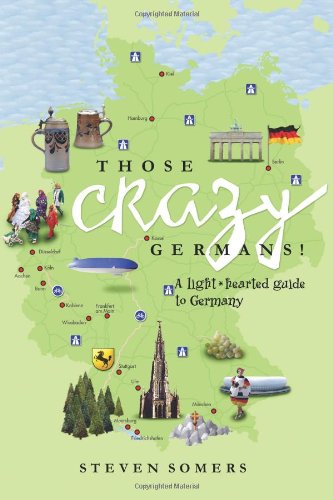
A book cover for Those Crazy Germans! A Lighthearted Guide to Germany; Steven Somers; Travel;